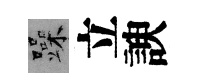
躁立諛